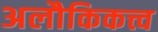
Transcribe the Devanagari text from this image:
अलौकिकत्त्व